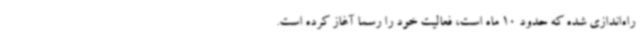
راه‌اندازی شده که حدود 10 ماه است، فعالیت خود را رسما آغاز کرده است.